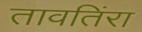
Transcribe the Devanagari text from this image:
तावतिंरा